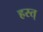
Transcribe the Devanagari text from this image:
हस्त्